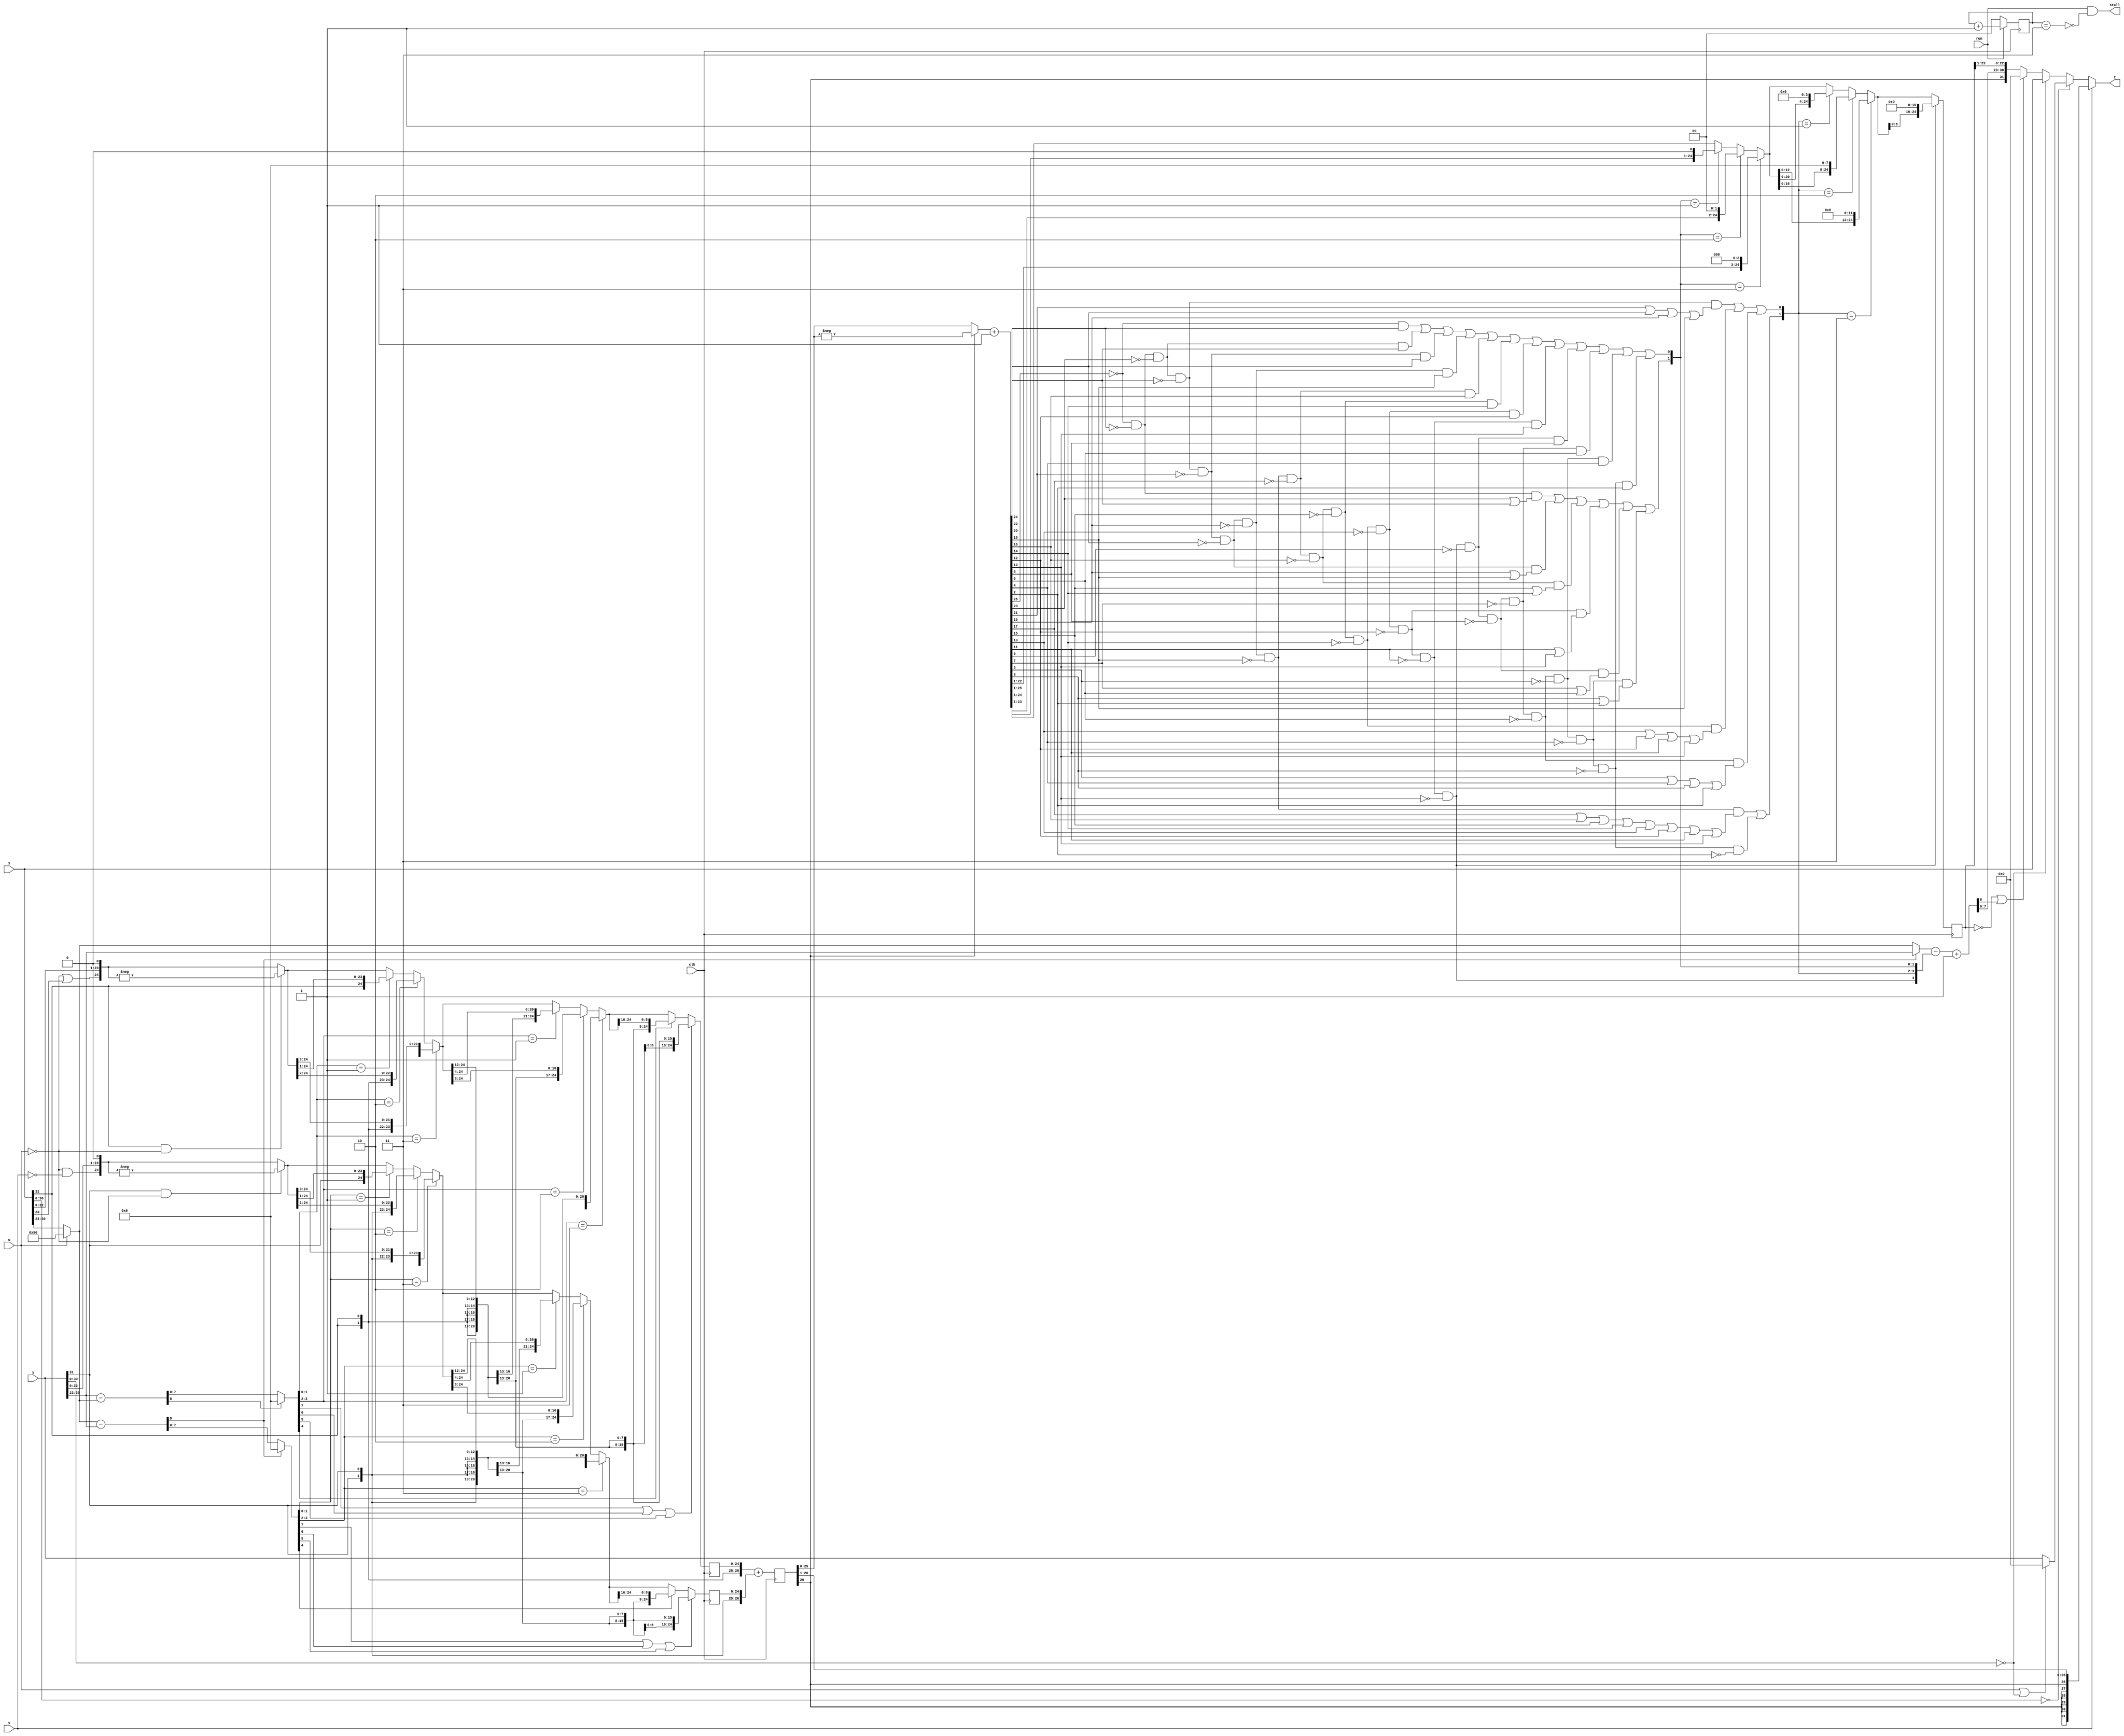
//
// fpu.v -- floating-point unit
//


`timescale 1ns / 1ps
`default_nettype none


module fpadd_orig(
  input clk, run,
  output stall,
  input u, v,
  input [31:0] x, y,
  output [31:0] z);

  reg [1:0] State;

  wire xs, ys, xn, yn;  // signs, null
  wire [7:0] xe, ye;
  wire [24:0] xm, ym;

  wire [8:0] dx, dy, e0, e1;
  wire [7:0] sx, sy;  // shift counts
  wire [1:0] sx0, sx1, sy0, sy1;
  wire sxh, syh;
  wire [24:0] x0, x1, x2, y0, y1, y2;
  reg [24:0] x3, y3;

  reg [26:0] Sum;
  wire [26:0] s;

  wire z24, z22, z20, z18, z16, z14, z12, z10, z8, z6, z4, z2;
  wire [4:0] sc;  // shift count
  wire [1:0] sc0, sc1;
  wire [24:0] t1, t2;
  reg [24:0] t3;

  assign xs = x[31];  // sign x
  assign xe = u ? 8'h96 : x[30:23];  // expo x
  assign xm = {~u|x[23], x[22:0], 1'b0};  //mant x
  assign xn = (x[30:0] == 0);
  assign ys = y[31];  // sign y
  assign ye = y[30:23];  // expo y
  assign ym = {~u&~v, y[22:0], 1'b0};  //mant y
  assign yn = (y[30:0] == 0);

  assign dx = xe - ye;
  assign dy = ye - xe;
  assign e0 = (dx[8]) ? ye : xe;
  assign sx = dy[8] ? 8'd0 : dy[7:0];
  assign sy = dx[8] ? 8'd0 : dx[7:0];
  assign sx0 = sx[1:0];
  assign sx1 = sx[3:2];
  assign sy0 = sy[1:0];
  assign sy1 = sy[3:2];
  assign sxh = sx[7] | sx[6] | sx[5];
  assign syh = sy[7] | sy[6] | sy[5];

  // denormalize, shift right
  assign x0 = xs&~u ? -xm : xm;
  assign x1 = (sx0 == 3) ? {{3{xs}}, x0[24:3]} :
    (sx0 == 2) ? {{2{xs}}, x0[24:2]} : (sx0 == 1) ? {xs, x0[24:1]} : x0;
  assign x2 = (sx1 == 3) ? {{12{xs}}, x1[24:12]} :
    (sx1 == 2) ? {{8{xs}}, x1[24:8]} : (sx1 == 1) ? {{4{xs}}, x1[24:4]} : x1;
  always @ (posedge(clk))
  x3 <= sxh ? {25{xs}} : (sx[4] ? {{16{xs}}, x2[24:16]} : x2);

  assign y0 = ys&~u ? -ym : ym;
  assign y1 = (sy0 == 3) ? {{3{ys}}, y0[24:3]} :
    (sy0 == 2) ? {{2{ys}}, y0[24:2]} : (sy0 == 1) ? {ys, y0[24:1]} : y0;
  assign y2 = (sy1 == 3) ? {{12{ys}}, y1[24:12]} :
    (sy1 == 2) ? {{8{ys}}, y1[24:8]} : (sy1 == 1) ? {{4{ys}}, y1[24:4]} : y1;
  always @ (posedge(clk))
	y3 <= syh ? {25{ys}} : (sy[4] ? {{16{ys}}, y2[24:16]} : y2);

  // add
  always @ (posedge(clk)) Sum <= {xs, xs, x3} + {ys, ys, y3};
  assign s = (Sum[26] ? -Sum : Sum) + 27'd1;

  // post-normalize
  assign z24 = ~s[25] & ~ s[24];
  assign z22 = z24 & ~s[23] & ~s[22];
  assign z20 = z22 & ~s[21] & ~s[20];
  assign z18 = z20 & ~s[19] & ~s[18];
  assign z16 = z18 & ~s[17] & ~s[16];
  assign z14 = z16 & ~s[15] & ~s[14];
  assign z12 = z14 & ~s[13] & ~s[12];
  assign z10 = z12 & ~s[11] & ~s[10];
  assign z8 = z10 & ~s[9] & ~s[8];
  assign z6 = z8 & ~s[7] & ~s[6];
  assign z4 = z6 & ~s[5] & ~s[4];
  assign z2 = z4 & ~s[3] & ~s[2];

  assign sc[4] = z10;  // sc = shift count of post normalization
  assign sc[3] = z18 & (s[17] | s[16] | s[15] | s[14] | s[13] | s[12] | s[11] | s[10])
      | z2;
  assign sc[2] = z22 & (s[21] | s[20] | s[19] | s[18])
      | z14 & (s[13] | s[12] | s[11] | s[10])
      | z6 & (s[5] | s[4] | s[3] | s[2]);
  assign sc[1] = z24 & (s[23] | s[22])
      | z20 & (s[19] | s[18])
      | z16 & (s[15] | s[14])
      | z12 & (s[11] | s[10])
      | z8 & (s[7] | s[6])
      | z4 & (s[3] | s[2]);
  assign sc[0] = ~s[25] & s[24]
      | z24 & ~s[23] & s[22]
      | z22 & ~s[21] & s[20]
      | z20 & ~s[19] & s[18]
      | z18 & ~s[17] & s[16]
      | z16 & ~s[15] & s[14]
      | z14 & ~s[13] & s[12]
      | z12 & ~s[11] & s[10]
      | z10 & ~s[9] & s[8]
      | z8 & ~s[7] & s[6]
      | z6 & ~s[5] & s[4]
      | z4 & ~s[3] & s[2];

  assign e1 = e0 - sc + 9'd1;
  assign sc0 = sc[1:0];
  assign sc1 = sc[3:2];

  assign t1 = (sc0 == 3) ? {s[22:1], 3'b0} :
    (sc0 == 2) ? {s[23:1], 2'b0} : (sc0 == 1) ? {s[24:1], 1'b0} : s[25:1];
  assign t2 = (sc1 == 3) ? {t1[12:0], 12'b0} :
    (sc1 == 2) ? {t1[16:0], 8'b0} : (sc1 == 1) ? {t1[20:0], 4'b0} : t1;
  always @ (posedge(clk)) t3 <= sc[4] ? {t2[8:0], 16'b0} : t2;

  assign stall = run & ~(State == 3);
  always @ (posedge(clk)) State <= run ? State + 2'd1 : 2'd0;

  assign z = v ? {{7{Sum[26]}}, Sum[25:1]} :  // FLOOR
    xn ? (u|yn ? 0 : y) :   // FLT or x = y = 0
    yn ? x :
    ((t3 == 0) | e1[8]) ? 0 : 
	 {Sum[26], e1[7:0], t3[23:1]};
endmodule


module fpadd(clk, run, stall,
             op, x, y, z);
    input clk;
    input run;
    output stall;
    input [1:0] op;
    input [31:0] x;
    input [31:0] y;
    output [31:0] z;

  reg u_aux;
  reg v_aux;
  reg [31:0] y_aux;

  always @(*) begin
    case (op)
      2'b00:  // z = FAD(x, y)
        begin
          u_aux = 1'b0;
          v_aux = 1'b0;
          y_aux = y[31:0];
        end
      2'b01:  // z = FLR(x)
        begin
          u_aux = 1'b0;
          v_aux = 1'b1;
          y_aux = 32'h4B000000;
        end
      2'b10:  // z = FLT(x)
        begin
          u_aux = 1'b1;
          v_aux = 1'b0;
          y_aux = 32'h4B000000;
        end
      2'b11:  // z = FSB(x, y)
        begin
          u_aux = 1'b0;
          v_aux = 1'b0;
          y_aux = { ~y[31], y[30:0] };
        end
    endcase
  end

  fpadd_orig fpadd_orig_0(
    .clk(clk),
    .run(run),
    .stall(stall),
    .u(u_aux),
    .v(v_aux),
    .x(x[31:0]),
    .y(y_aux[31:0]),
    .z(z[31:0])
  );

endmodule


module fpmul(clk, run, stall,
             x, y, z);
    input clk;
    input run;
    output stall;
    input [31:0] x;
    input [31:0] y;
    output [31:0] z;

  reg [4:0] S;  // state
  reg [47:0] P; // product

  wire sign;
  wire [7:0] xe, ye;
  wire [8:0] e0, e1;
  wire [24:0] w1, z0;
  wire [23:0] w0;

  assign sign = x[31] ^ y[31];
  assign xe = x[30:23];
  assign ye = y[30:23];
  assign e0 = xe + ye;
  assign e1 = e0 - 9'd127 + P[47];

  assign stall = run & ~(S == 25);
  assign w0 = P[0] ? { 1'b1, y[22:0] } : 24'd0;
  assign w1 = { 1'b0, P[47:24] } + { 1'b0, w0 };
  assign z0 = P[47] ? P[47:23] + 25'd1 : P[46:22] + 25'd1;  // round+normalize
  assign z =
    (xe == 0) | (ye == 0) ? 0 :
    (~e1[8]) ? { sign, e1[7:0], z0[23:1] } :
    (~e1[7]) ? { sign, 8'b11111111, z0[23:1] } :
    0;

  always @ (posedge(clk)) begin
    P <= (S == 0) ? { 24'b0, 1'b1, x[22:0] } : { w1, P[23:1] };
    S <= run ? S + 5'd1 : 5'd0;
  end

endmodule


module fpdiv(clk, run, stall,
             x, y, z);
    input clk;
    input run;
    output stall;
    input [31:0] x;
    input [31:0] y;
    output [31:0] z;

  reg [4:0] S;  // state
  reg [23:0] R;
  reg [25:0] Q;

  wire sign;
  wire [7:0] xe, ye;
  wire [8:0] e0, e1;
  wire [24:0] r0, r1, d;
  wire [25:0] q0;
  wire [24:0] z0, z1;

  assign sign = x[31] ^ y[31];
  assign xe = x[30:23];
  assign ye = y[30:23];
  assign e0 = { 1'b0, xe } - { 1'b0, ye };
  assign e1 = e0 + 9'd126 + Q[25];
  assign stall = run & ~(S == 26);

  assign r0 = (S == 0) ? { 2'b01, x[22:0] } : { R, 1'b0 };
  assign r1 = d[24] ? r0 : d;
  assign d = r0 - { 2'b01, y[22:0] };
  assign q0 = (S == 0) ? 26'd0 : Q;

  assign z0 = Q[25] ? Q[25:1] : Q[24:0];
  assign z1 = z0 + 25'd1;
  assign z =
    (xe == 0) ? 0 :
    (ye == 0) ? { sign, 8'b11111111, 23'b0 } :  // div by 0
    (~e1[8]) ? { sign, e1[7:0], z1[23:1] } :
    (~e1[7]) ? { sign, 8'b11111111, z0[23:1] } :  // NaN
    0;

  always @ (posedge(clk)) begin
    R <= r1[23:0];
    Q <= { q0[24:0], ~d[24] };
    S <= run ? S + 5'd1 : 5'd0;
  end

endmodule